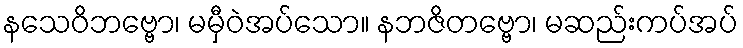
နသေဝိဘဗ္ဗော၊ မမှီဝဲအပ်သော။ နဘဇိတဗ္ဗော၊ မဆည်းကပ်အပ်